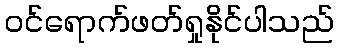
ဝင်ရောက်ဖတ်ရှုနိုင်ပါသည်